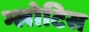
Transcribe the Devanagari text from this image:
ग्लोटिस